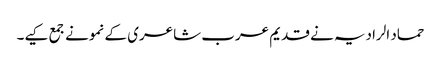
حماد الرادیہ نے قدیم عرب شاعری کے نمونے جمع کیے۔